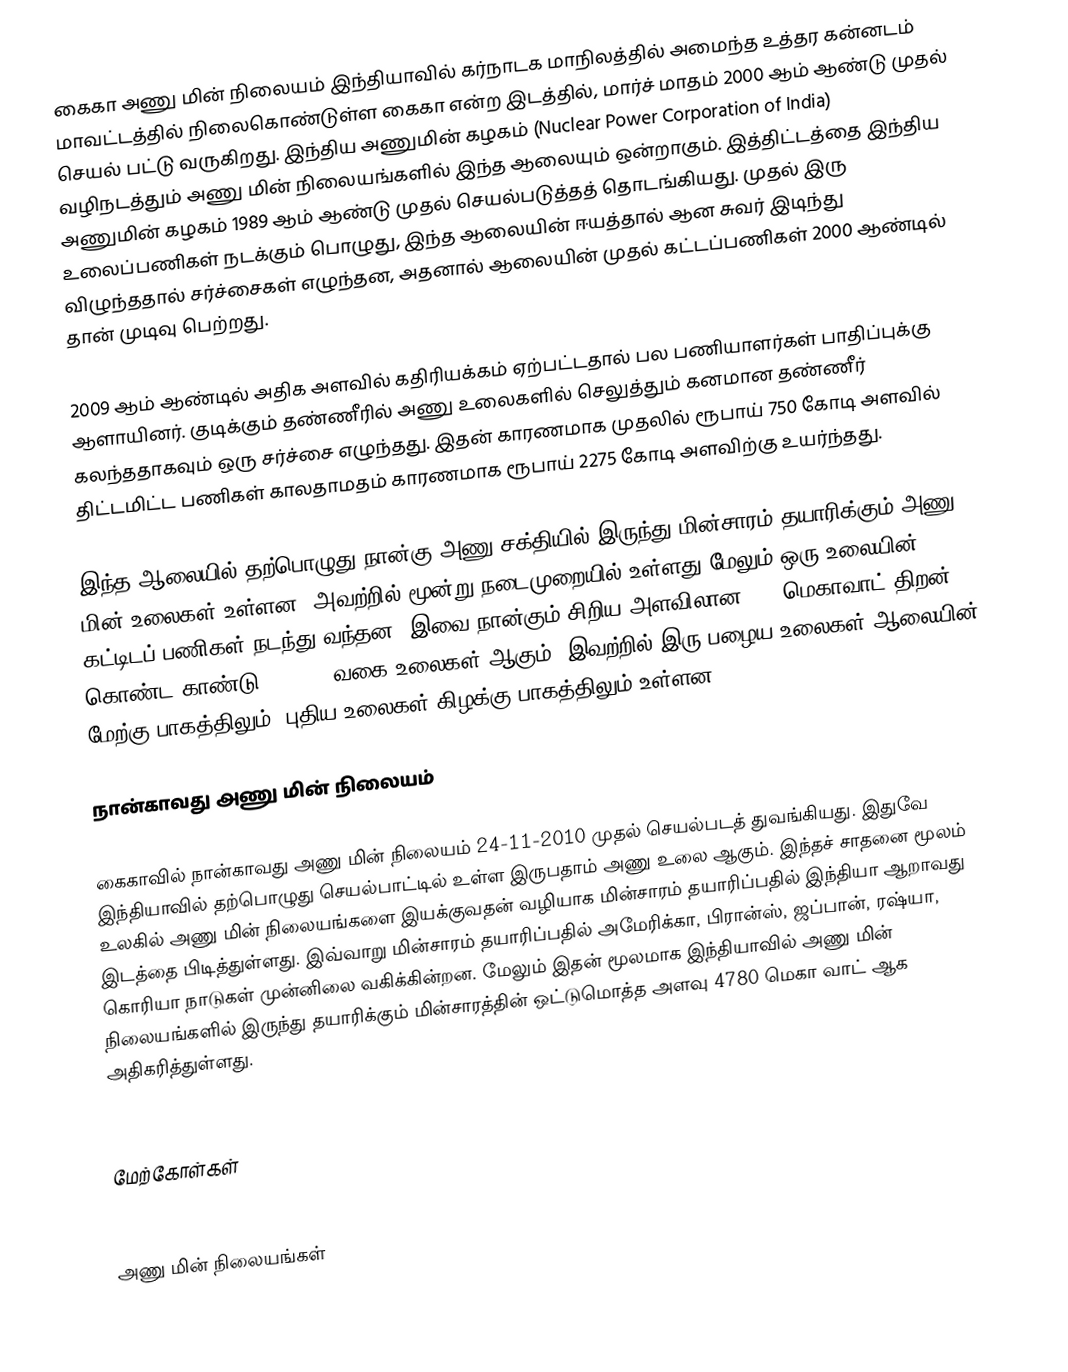
கைகா அணு மின் நிலையம் இந்தியாவில் கர்நாடக மாநிலத்தில் அமைந்த உத்தர கன்னடம் மாவட்டத்தில் நிலைகொண்டுள்ள கைகா என்ற இடத்தில், மார்ச் மாதம் 2000 ஆம் ஆண்டு முதல் செயல் பட்டு வருகிறது. இந்திய அணுமின் கழகம் (Nuclear Power Corporation of India) வழிநடத்தும் அணு மின் நிலையங்களில் இந்த ஆலையும் ஒன்றாகும். இத்திட்டத்தை இந்திய அணுமின் கழகம் 1989 ஆம் ஆண்டு முதல் செயல்படுத்தத் தொடங்கியது. முதல் இரு உலைப்பணிகள் நடக்கும் பொழுது, இந்த ஆலையின் ஈயத்தால் ஆன சுவர் இடிந்து விழுந்ததால் சர்ச்சைகள் எழுந்தன, அதனால் ஆலையின் முதல் கட்டப்பணிகள் 2000 ஆண்டில் தான் முடிவு பெற்றது. 

2009 ஆம் ஆண்டில் அதிக அளவில் கதிரியக்கம் ஏற்பட்டதால் பல பணியாளர்கள் பாதிப்புக்கு ஆளாயினர். குடிக்கும் தண்ணீரில் அணு உலைகளில் செலுத்தும் கனமான தண்ணீர் கலந்ததாகவும் ஒரு சர்ச்சை எழுந்தது. இதன் காரணமாக முதலில் ரூபாய் 750 கோடி அளவில் திட்டமிட்ட பணிகள் காலதாமதம் காரணமாக ரூபாய் 2275 கோடி அளவிற்கு உயர்ந்தது. 

இந்த ஆலையில் தற்பொழுது நான்கு அணு சக்தியில் இருந்து மின்சாரம் தயாரிக்கும் அணு மின் உலைகள் உள்ளன, அவற்றில் மூன்று நடைமுறையில் உள்ளது மேலும் ஒரு உலையின் கட்டிடப் பணிகள் நடந்து வந்தன. இவை நான்கும் சிறிய அளவிலான 220 மெகாவாட் திறன் கொண்ட காண்டு (CANDU) வகை உலைகள் ஆகும், இவற்றில் இரு பழைய உலைகள் ஆலையின் மேற்கு பாகத்திலும், புதிய உலைகள் கிழக்கு பாகத்திலும் உள்ளன.

நான்காவது அணு மின் நிலையம்

கைகாவில் நான்காவது அணு மின் நிலையம் 24-11-2010 முதல் செயல்படத் துவங்கியது. இதுவே இந்தியாவில் தற்பொழுது செயல்பாட்டில் உள்ள இருபதாம் அணு உலை ஆகும். இந்தச் சாதனை மூலம் உலகில் அணு மின் நிலையங்களை இயக்குவதன் வழியாக மின்சாரம் தயாரிப்பதில் இந்தியா ஆறாவது இடத்தை பிடித்துள்ளது. இவ்வாறு மின்சாரம் தயாரிப்பதில் அமேரிக்கா, பிரான்ஸ், ஜப்பான், ரஷ்யா, கொரியா நாடுகள் முன்னிலை வகிக்கின்றன. மேலும் இதன் மூலமாக இந்தியாவில் அணு மின் நிலையங்களில் இருந்து தயாரிக்கும் மின்சாரத்தின் ஒட்டுமொத்த அளவு 4780 மெகா வாட் ஆக அதிகரித்துள்ளது.


மேற்கோள்கள்


அணு மின் நிலையங்கள்